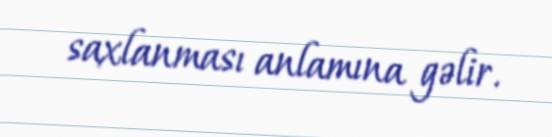
saxlanması anlamına gəlir.